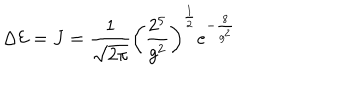
LaTeX: \Delta { \cal E } = J = \frac { 1 } { \sqrt { 2 \pi } } \left( \frac { 2 ^ { 5 } } { g ^ { 2 } } \right) ^ { \frac 1 2 } e ^ { - \frac { 8 } { g ^ { 2 } } }